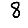
Digit: 8